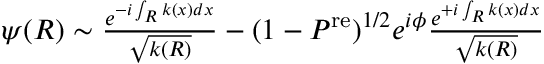
\begin{array} { r } { \psi ( R ) \sim \frac { e ^ { - i \int _ { R } k ( x ) d x } } { \sqrt { k ( R ) } } - ( 1 - P ^ { \mathrm { r e } } ) ^ { 1 / 2 } e ^ { i \phi } \frac { e ^ { + i \int _ { R } k ( x ) d x } } { \sqrt { k ( R ) } } } \end{array}